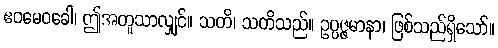
ဧဝမေဝခေါ၊ ဤအတူသာလျှင်။ သတိ၊ သတိသည်။ ဥပ္ပဇ္ဇမာနာ၊ ဖြစ်သည်ရှိသော်။